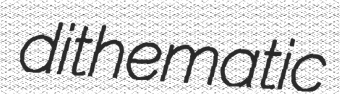
dithematic